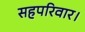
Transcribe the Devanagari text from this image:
सहपरिवार।